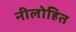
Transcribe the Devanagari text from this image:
नीलोहित